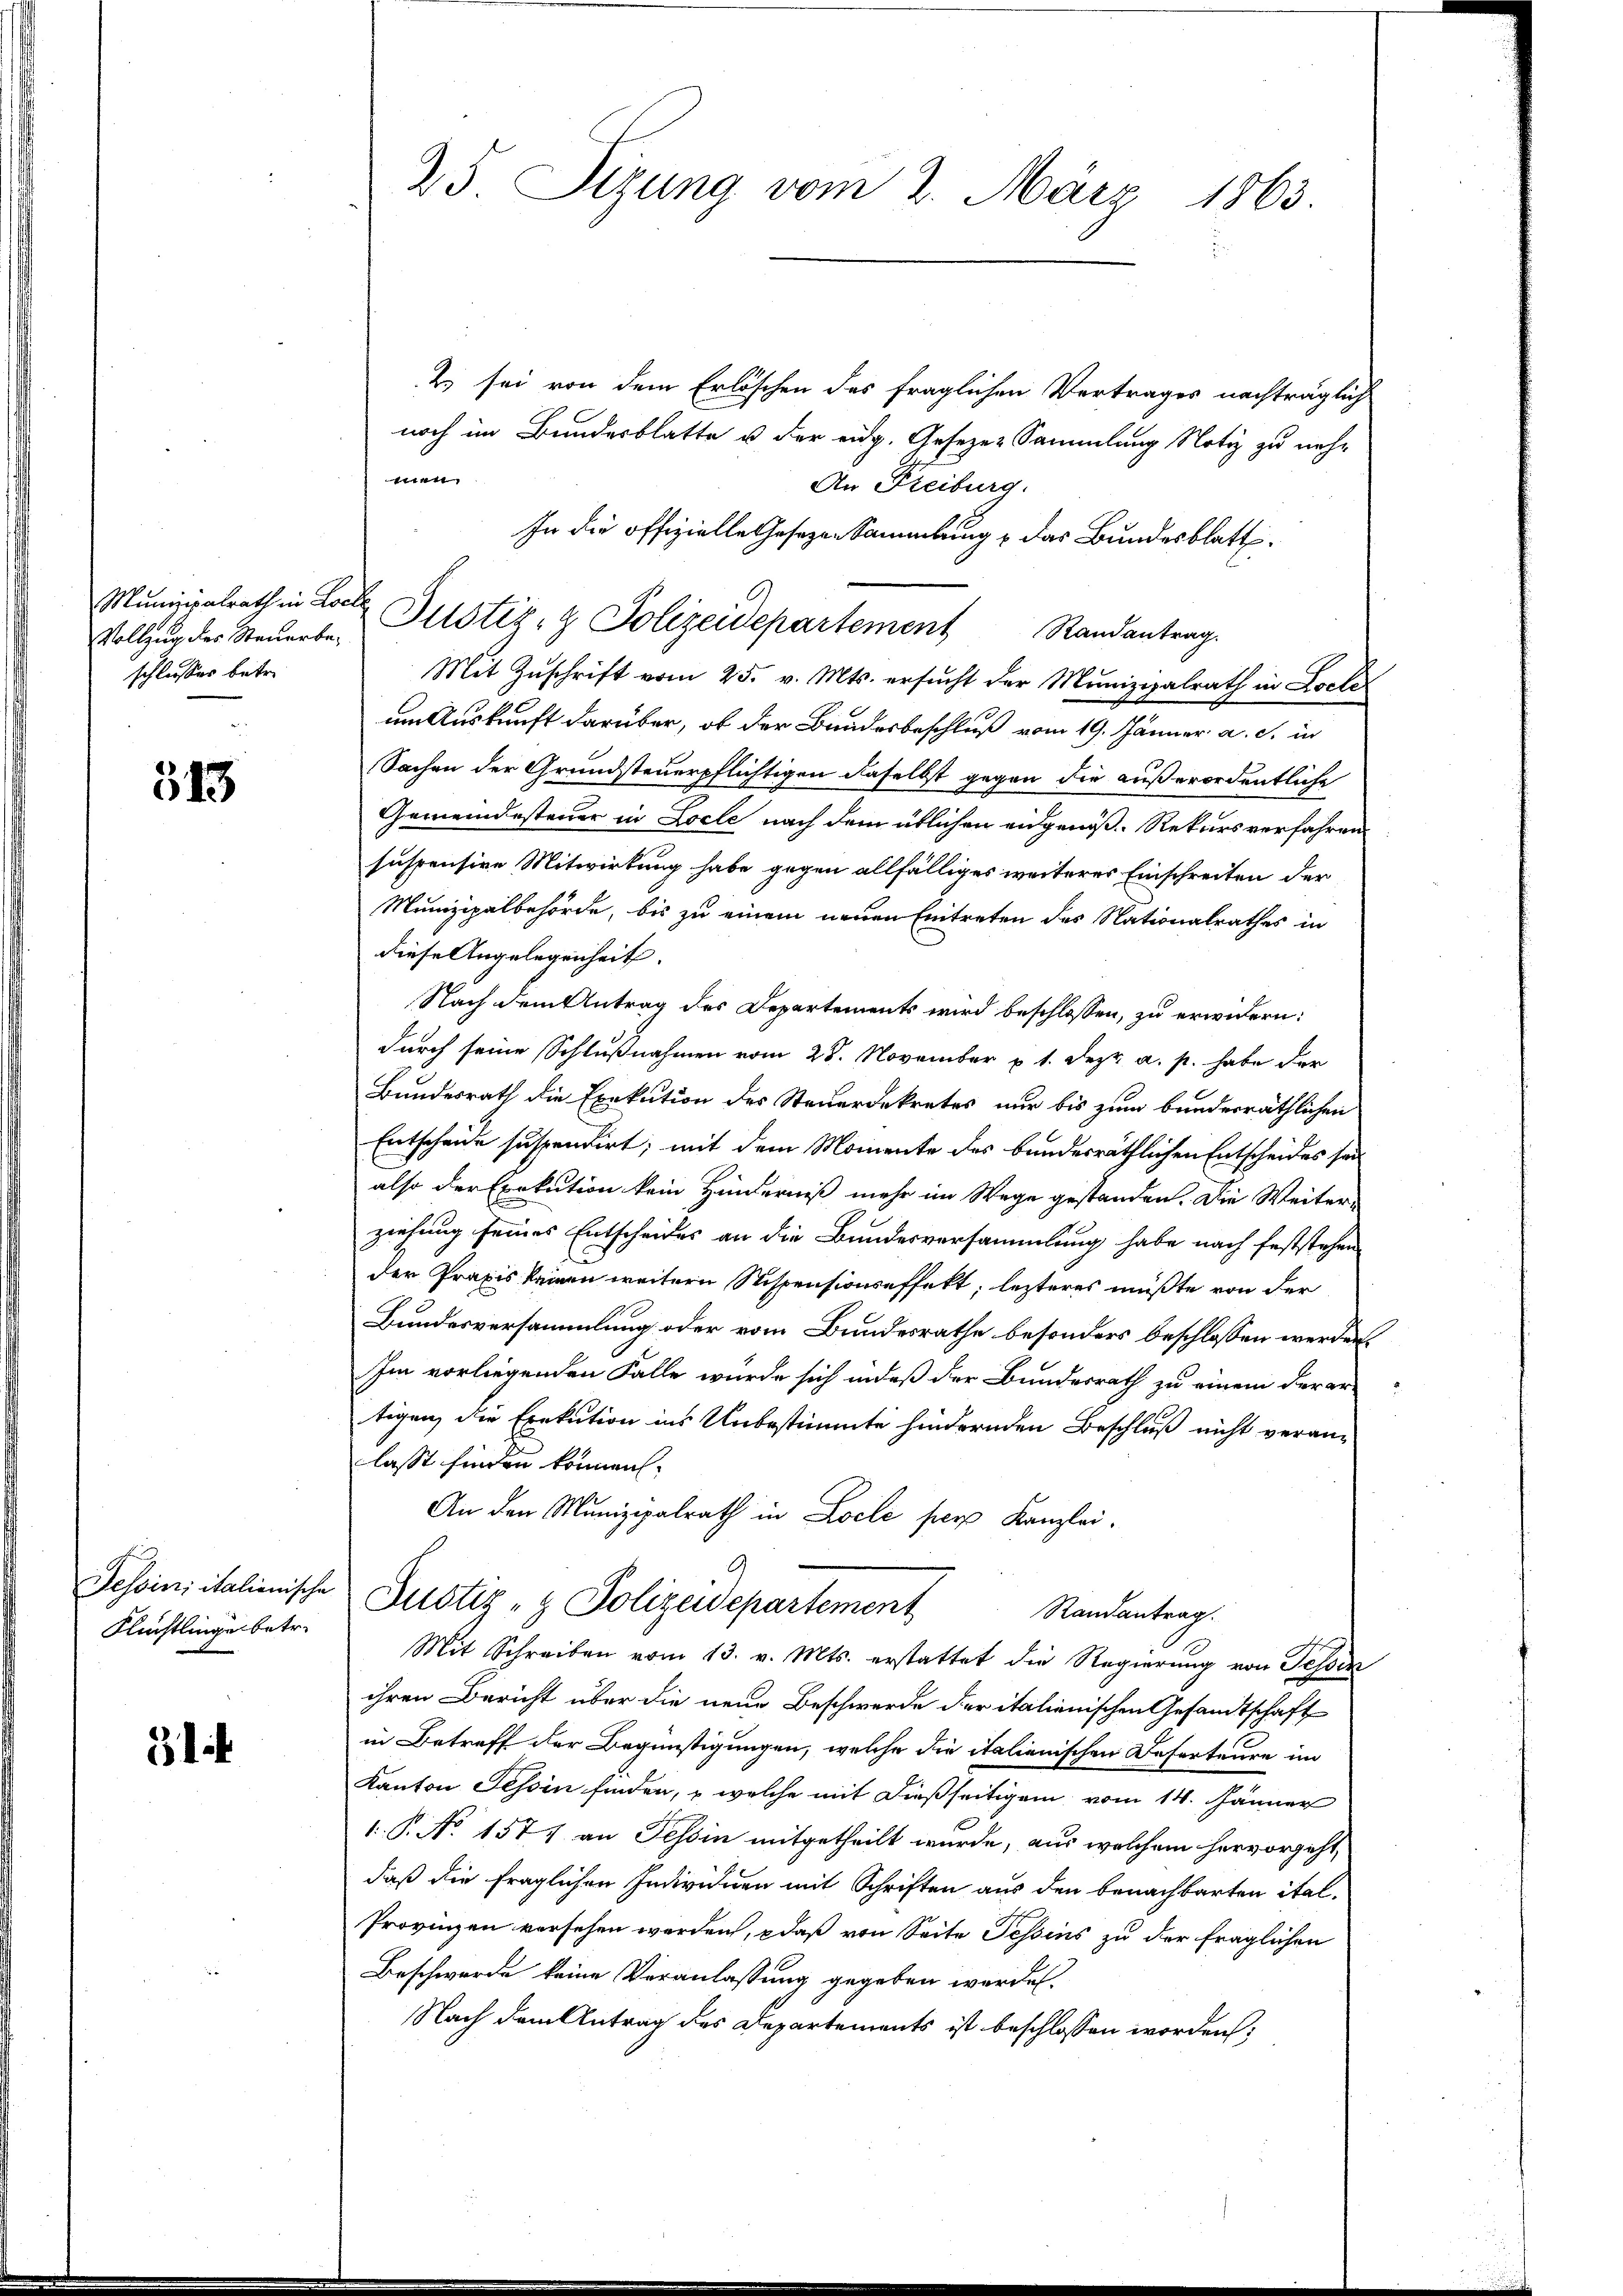
Vollzug der Steuerbeschlusser betre

513

Flüchtlingen betr.

31

25 Sizung vom 2. März 1863.

2 sei von dem Erlöschen des fraglichen Vertrages nachträglich
noch im Bundesblatte u. der eidg. Gesezes Sammlung Notiz zu neht
An Freiburg.
In die offizielle Gesezen Sammlung & das Bundesblatt¬
Munizipalrath in Locker Justiz- & Polizeidepartement Randantrag.
Mit Zuschrift vom 25. v. Mts. ersucht der Munizipalrath in Loele
um Auskunft darüber, ob der Bundesbeschluß vom 19. Jänner a. c. in
Sachen der Grundsteuerpflichtigen daselbst gegen die außerordentliche
Gemeindesteuer in Locle nach dem üblichen eidgenöß-Rekursverfahren
suspensive Mitwirkung habe gegen allfälliges weiteres Einschreiten der
Munizipalbehörde, bis zu einem neuen Eintreten des Nationalrathes in
diese Angelegenheit.
Nach dem Antrag des Departements wird beschlossen, zu erwidern:
durch seine Schlußnahmen vom 28. November p. 1. Dez. a. p. habe der
Bundesrath die Exekution des Steuerdekretes nur bis zum bunderräthlichen
Entscheide suspendirt; mit dem Momente des bundesräthlichen Entscheides seialso der Exekution kein Hinderniß mehr im Wege gestanden. Die Weiter-
ziehung seines Entscheides an die Bundesversammlung habe nach feststehen
der Praxis keinen weitern Stispensionseffekt; lezteres müßte von der
Bundesversammlung oder vom Bundesrathe besonders beschlossen werden.
Im vorliegenden Falle würde sich indeß der Bundesrath zu einem der er
tigen, die Exekution ins Unbestimmte hindernden Beschluß nicht veranlasse finden können.
An den Munizipalrath in Locle pers Kanzlei.
A
Tessiniitalienische Justiz - Polizeisepartement
Randantrag.
Mit Schreiben vom 13. v. Mts. erstattet die Regierung von Tessin
ihren Bericht über die neue Beschwerde der italienischen Gesandtschaft
in Betreff der Begünstigungen, welche die italienischen Referteure im
Kanton Tessin finden, – welche mit dießseitigem vom 14. Jänner
1.P. No 1571 an Tessin mitgetheilt wurde, aus welchem hervorgeht,
daß die fraglichen Individuen mit Schriften aus den benachbarten ital-
Provinzen versehen werden, daß von Seite Tessins zu der fraglichen
Beschwerde keine Veranlassung gegeben werden.
Nach dem Antrag des Departements ist beschlossen worden;